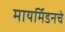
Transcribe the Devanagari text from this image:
मायर्मिडनचे